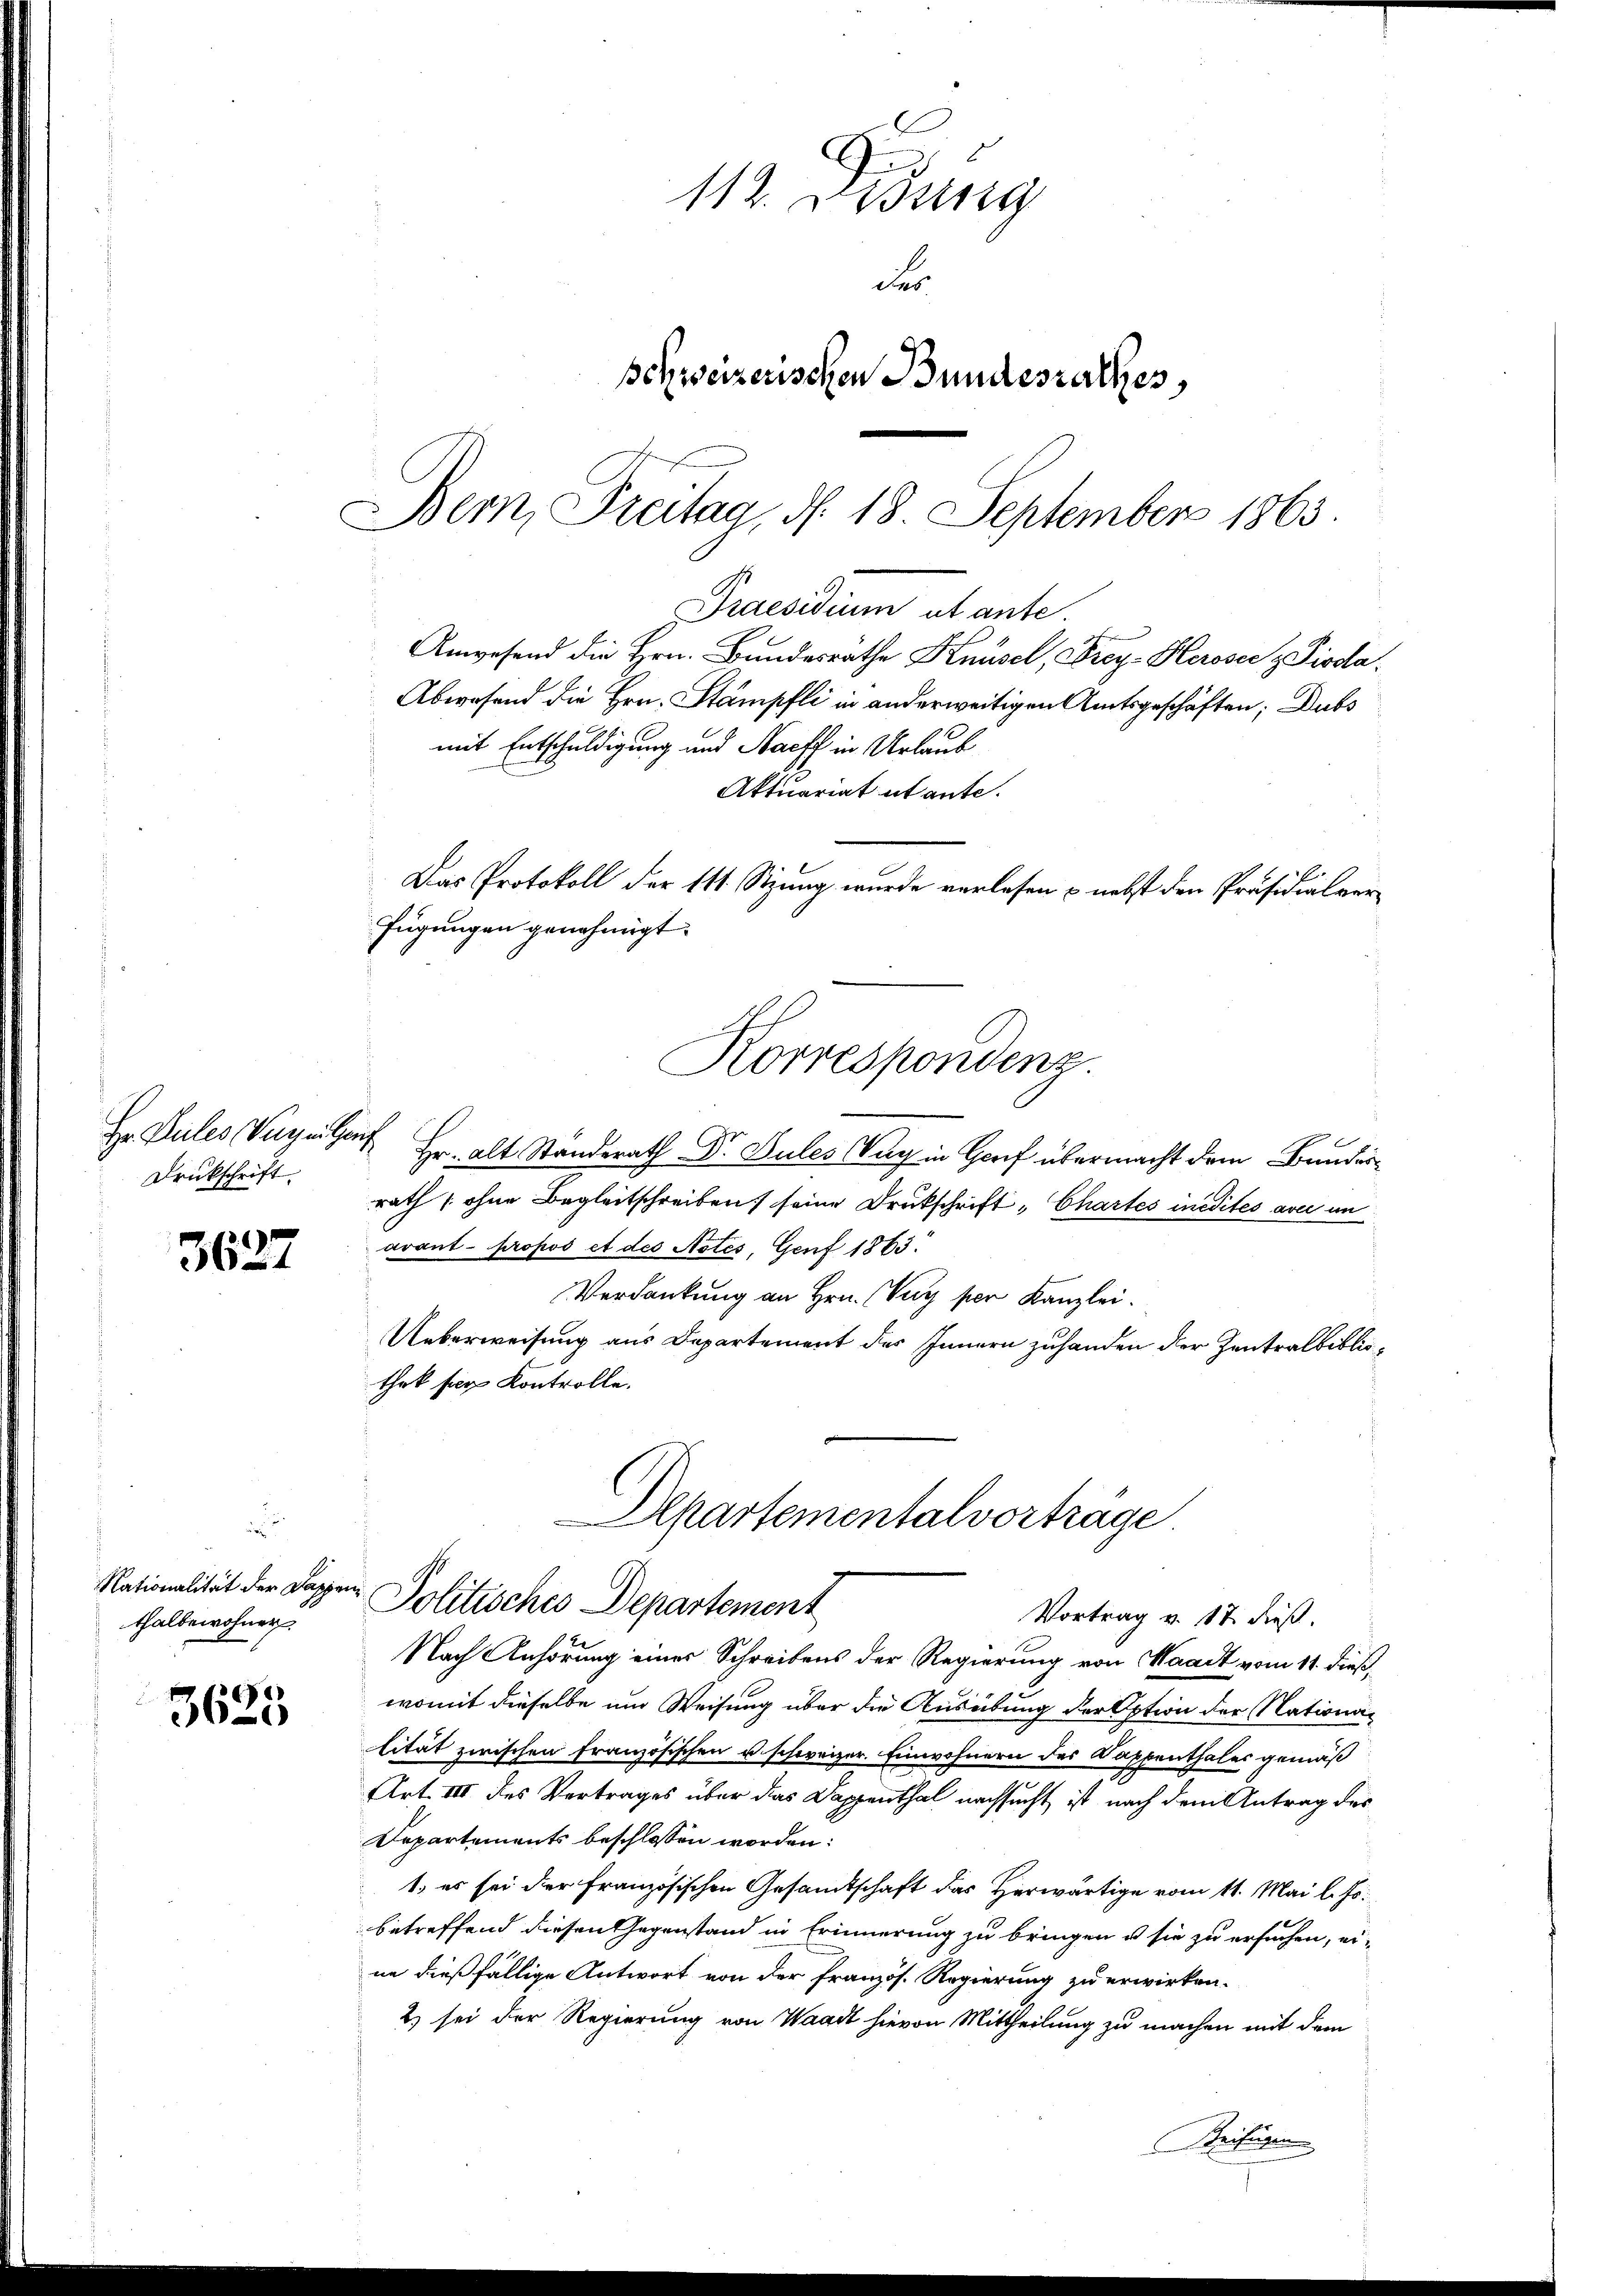
Hr. Pules Verzing
Druckschrift.

3627

Nationalität der Pappe
thalbewohner.

3625

112. Didung
des
schweizerischen Bundesrathes,
Bern, Freitag, d. 18. September 1863

Das Protokoll der 111 Stzung wurde verlesen & nebst den Präsidialverfügungen genehmigt.
Korrespondenz

Praesidium ut ante.
Anwesend die Hrn. Bundesrathe Knüsel, Frey-Heroser z Pioda¬
Abwesend die Hrn. Stämpfli in anderweitigen Amtsgeschäften; Dubs
mit Entschuldigung und Nacht in Urlaub
Aktuariat itante.

Hr. Alt Standerath Dr Sules Zug in Gorf übermacht dem Bundesrath (ohne Begleitschreiben seine Druckschrift „Chartes midités aver im
avant propos et des Notes, Genf 1863.
Verdankung an Hrn. Vay per Kanzlei.
Ueberweisung aus Departement des Innern zuhanden der Zentralbibliothek für Kontrolle.
Nach Anhörung eines Schreibens der Regierung von Waadt vom 11. dieß,
womit dieselbe um Weisung über die Ausübung der Option der Nationalität zwischen französischen u. schweizer. Einwohnern des Kappenthales gemäß
Art. III des Vertrages über das Dappenthal nachsucht ist nach dem Antrag des
Departements beschlossen worden:
1. es sei der Französischen Gesamtschaft das Herwärtige vom 11. Mai l. Js.
betreffend diesen Gegenstand in Erinnerung zu bringen u sie zu ersuchen, erne dießfällige Antwort von der französ. Regierung zu erwirken.
2) sei der Regierung von Waadt hievon Mittheilung zu machen mit dem
Beifügen

Departementalvorträge
Politisches Departement
Vortrag v. 17. dieß.